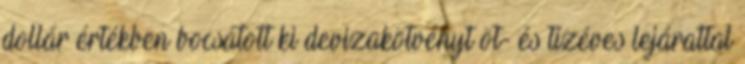
dollár értékben bocsátott ki devizakötvényt öt- és tízéves lejárattal